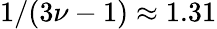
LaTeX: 1/(3\nu-1)\approx 1.31